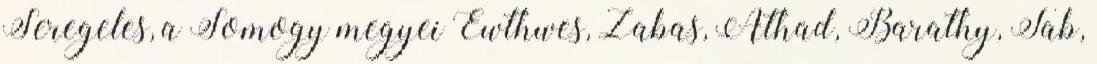
Seregeles, a Somogy megyei Ewthwes, Zabas, Athad, Barathy, Tab,